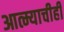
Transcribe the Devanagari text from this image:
आत्म्याचीही